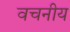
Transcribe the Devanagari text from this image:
वचनीय